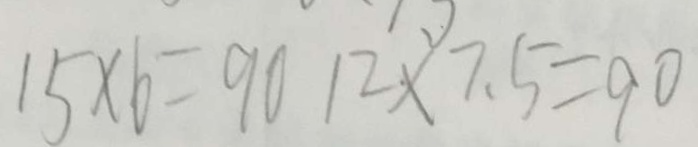
1 5 \times 6 = 9 0 1 2 \times 7 . 5 = 9 0